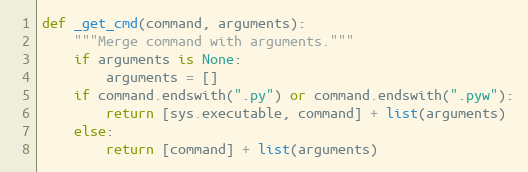
Language: Python
def _get_cmd(command, arguments):
    """Merge command with arguments."""
    if arguments is None:
        arguments = []
    if command.endswith(".py") or command.endswith(".pyw"):
        return [sys.executable, command] + list(arguments)
    else:
        return [command] + list(arguments)